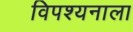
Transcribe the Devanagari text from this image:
विपश्यनाला